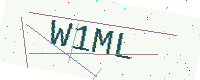
Text: W1ML